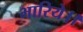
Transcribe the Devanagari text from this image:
भारिये।।